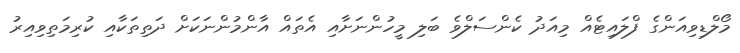
މޯލްޑިވިއަންގެ ފްލައިޓެއް މިއަދު ކެންސަލްވެ ބަލި މީހުންނަށާއި އެތައް އާންމުންނަކަށް ދަތިތަކާއި ކުރިމަތިވިއިރު